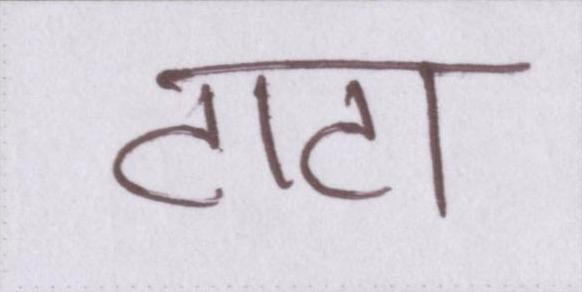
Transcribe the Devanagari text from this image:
टाटा